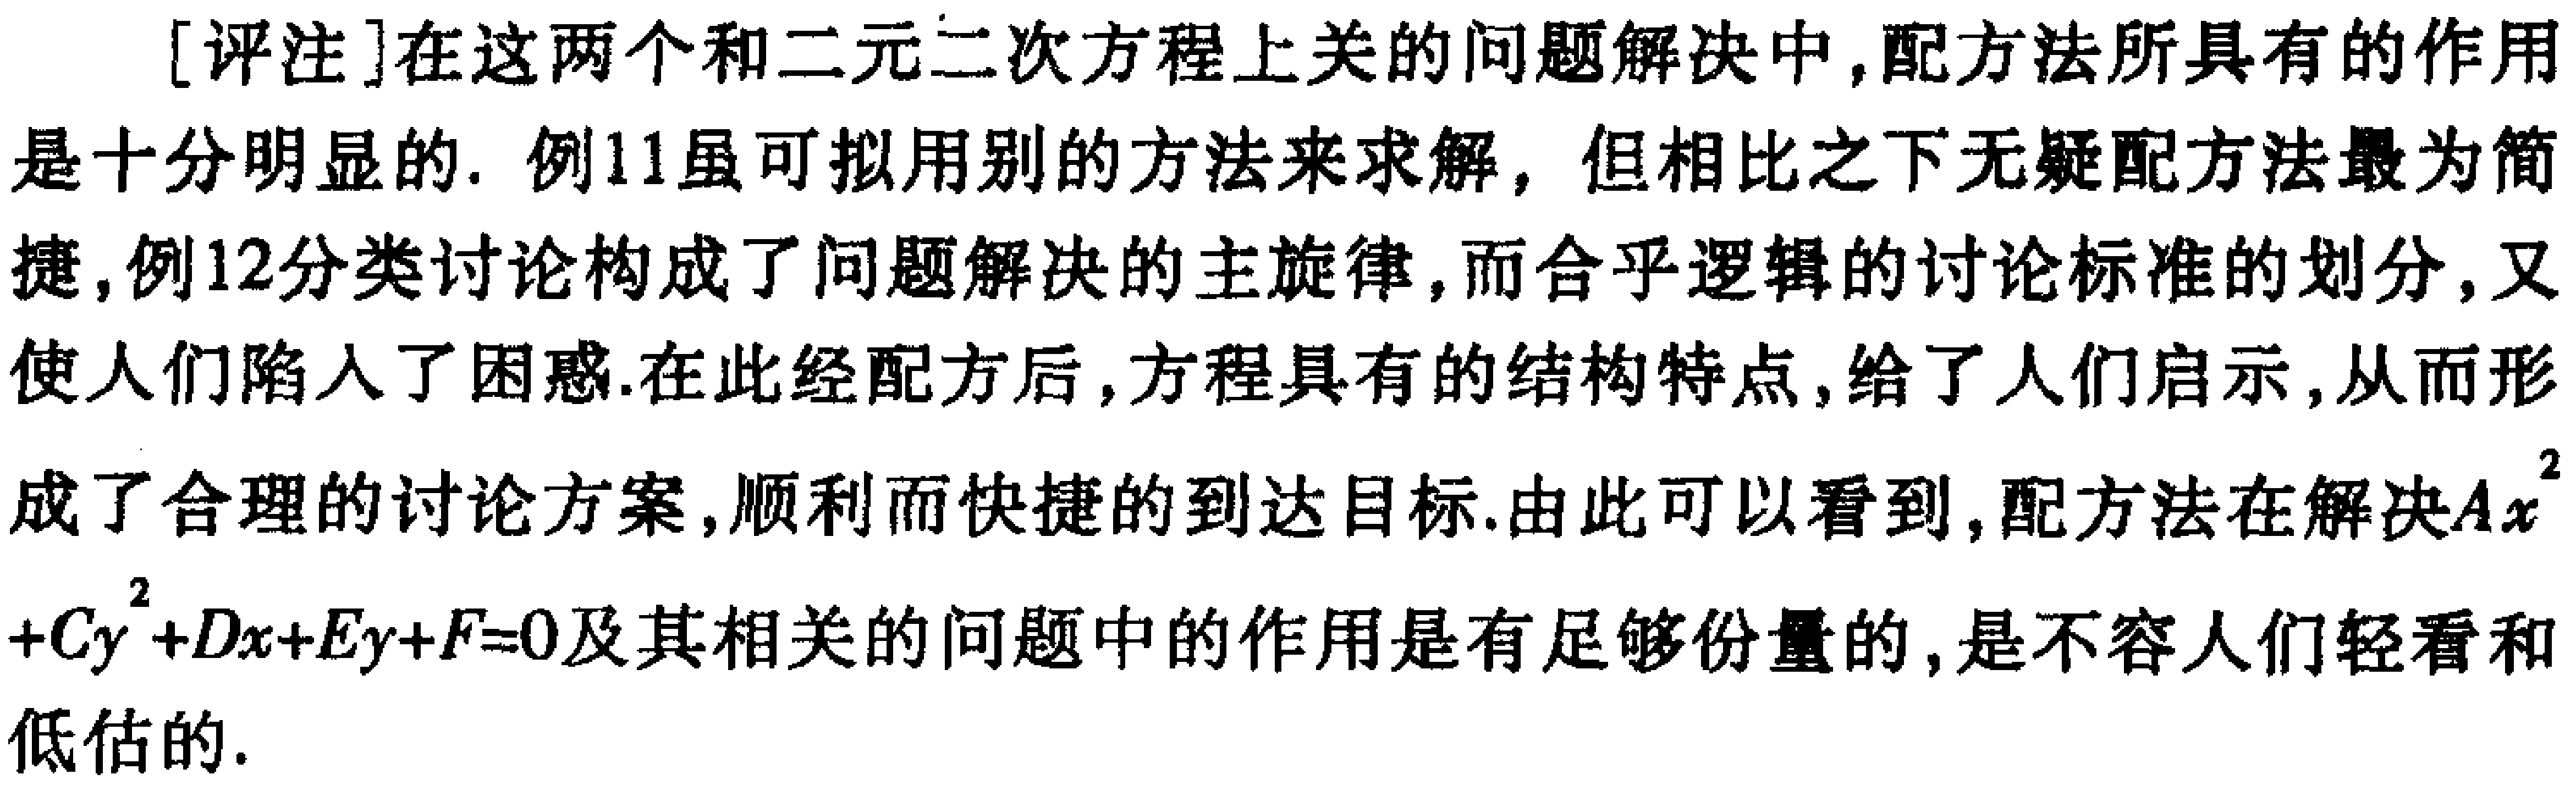
[评注]在这两个和二元二次方程上关的问题解决中,配方法所具有的作用是十分明显的. 例11虽可拟用别的方法来求解，但相比之下无疑配方法最为简捷,例12分类讨论构成了问题解决的主旋律,而合乎逻辑的讨论标准的划分,又使人们陷入了困惑.在此经配方后,方程具有的结构特点,给了人们启示,从而形成了合理的讨论方案,顺利而快捷的到达目标.由此可以看到,配方法在解决\(Ax^{2}+Cy^{2}+Dx + Ey+F = 0\)及其相关的问题中的作用是有足够份量的,是不容人们轻看和低估的.